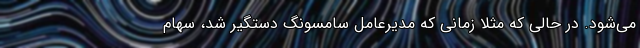
می‌شود. در حالی که مثلا زمانی که مدیرعامل سامسونگ دستگیر شد، سهام